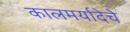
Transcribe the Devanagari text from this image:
कालमर्यादेचे